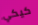
كيكي